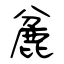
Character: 麄